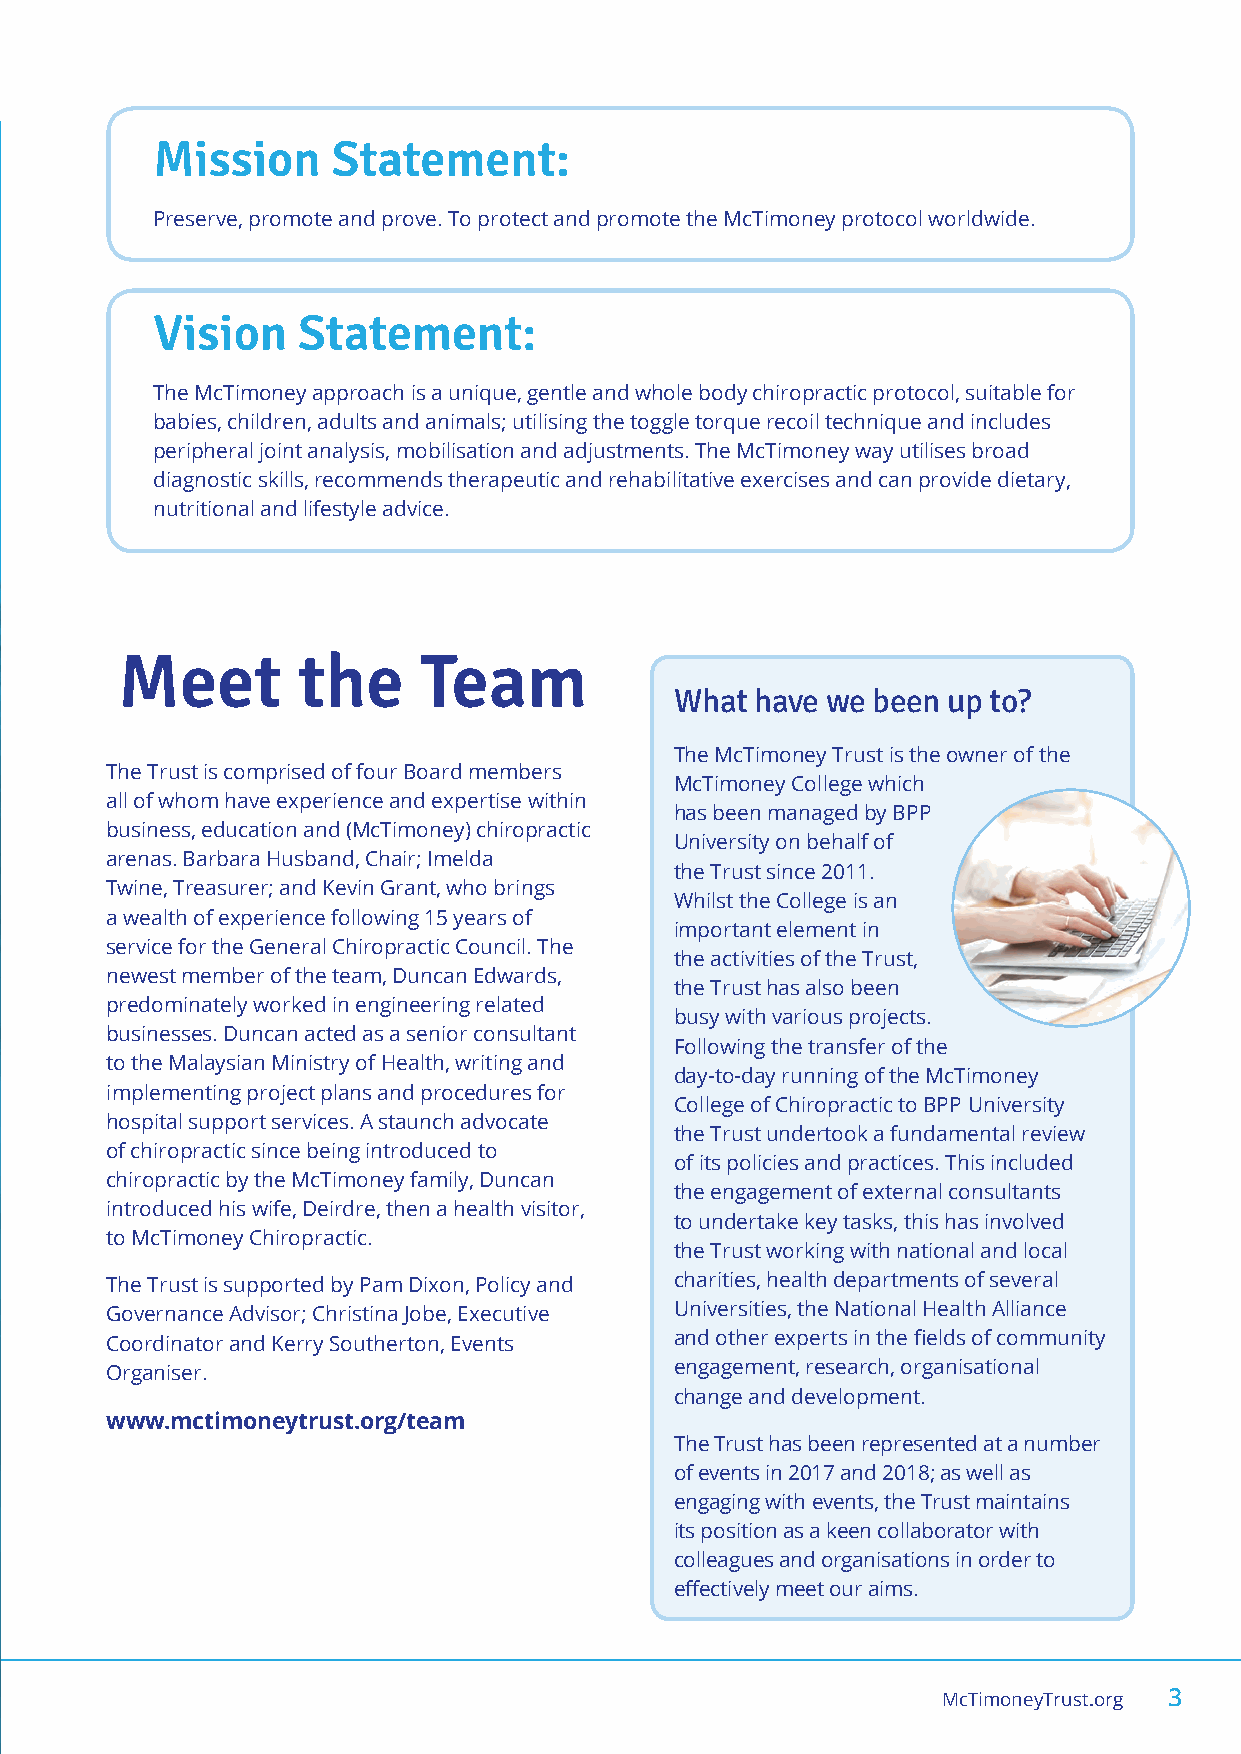
Mission     Statement:
 Preserve, promote and prove. To protect and promote the McTimoney protocol worldwide.
 Vision    Statement:
 The McTimoney approach is a unique, gentle and whole body chiropractic protocol, suitable for
 babies, children, adults and animals; utilising the toggle torque recoil technique and includes
 peripheral joint analysis, mobilisation and adjustments. The McTimoney way utilises broad
 diagnostic skills, recommends therapeutic and rehabilitative exercises and can provide dietary,
 nutritional and lifestyle advice.
 Meet        the     Team
 What have we been up to?
 The McTimoney Trust is the owner of the
 The Trust is comprised of four Board members
 McTimoney College which
 all of whom have experience and expertise within
 has been managed by BPP
 business, education and (McTimoney) chiropractic
 University on behalf of
 arenas. Barbara Husband, Chair; Imelda
 the Trust since 2011.
 Twine, Treasurer; and Kevin Grant, who brings
 Whilst the College is an
 a wealth of experience following 15 years of
 important element in
 service for the General Chiropractic Council. The
 the activities of the Trust,
 newest member of the team, Duncan Edwards,
 the Trust has also been
 predominately worked in engineering related
 busy with various projects.
 businesses. Duncan acted as a senior consultant
 Following the transfer of the
 to the Malaysian Ministry of Health, writing and
 day-to-day running of the McTimoney
 implementing project plans and procedures for
 College of Chiropractic to BPP University
 hospital support services. A staunch advocate
 the Trust undertook a fundamental review
 of chiropractic since being introduced to
 of its policies and practices. This included
 chiropractic by the McTimoney family, Duncan
 the engagement of external consultants
 introduced his wife, Deirdre, then a health visitor,
 to undertake key tasks, this has involved
 to McTimoney Chiropractic.
 the Trust working with national and local
 The Trust is supported by Pam Dixon, Policy and charities, health departments of several
 Governance Advisor; Christina Jobe, Executive Universities, the National Health Alliance
 Coordinator and Kerry Southerton, Events and other experts in the fields of community
 Organiser.                            engagement, research, organisational
 change and development.
 www.mctimoneytrust.org/team
 The Trust has been represented at a number
 of events in 2017 and 2018; as well as
 engaging with events, the Trust maintains
 its position as a keen collaborator with
 colleagues and organisations in order to
 effectively meet our aims.
 McTimoneyTrust.org 3
 McTimoney Trust Annual Review v3.indd 3                                   21/11/2018 15:10